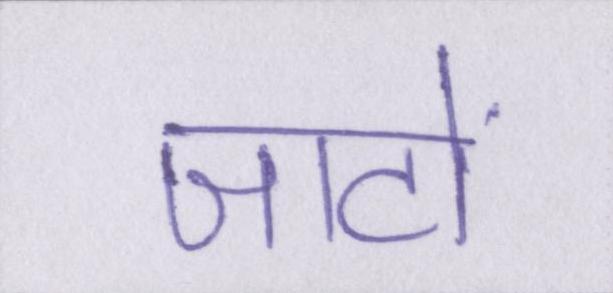
जाटों